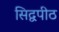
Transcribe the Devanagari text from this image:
सिद्वपीठ